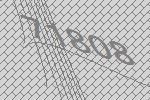
71808